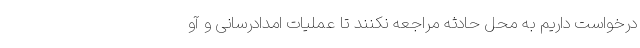
درخواست داریم به محل حادثه مراجعه نکنند تا عملیات امدادرسانی و آو